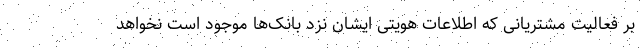
بر فعالیت مشتریانی که اطلاعات هویتی ایشان نزد بانک‌ها موجود است نخواهد